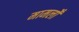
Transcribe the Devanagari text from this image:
मामलोँ